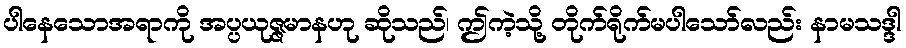
ပါနေသောအရာကို အပ္ပယုဇ္ဇမာနဟု ဆိုသည်၊ ဤကဲ့သို့ တိုက်ရိုက်မပါသော်လည်း နာမသဒ္ဒါ